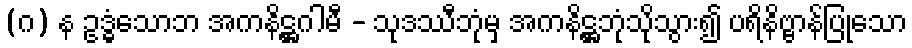
(ဂ) န ဥဒ္ဓံသောဘ အကနိဋ္ဌဂါမီ - သုဒဿီဘုံမှ အကနိဋ္ဌဘုံသိုသွား၍ ပရိနိဗ္ဗာန်ပြုသော